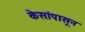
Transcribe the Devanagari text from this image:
केसांपासून